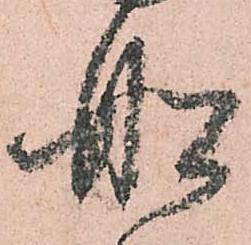
舩